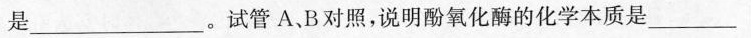
是___。试管A、B对照，说明酚氧化酶的化学本质是___